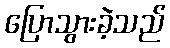
ပြောသွားခဲ့သည်